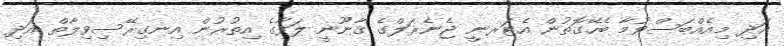
އަދި މިއެއްބަސްވުމާ ބެހޭގޮތުން އެޓަރނީ ޖެނެރަލްގެ ޤާނޫނީ ލަފާގެ އިތުރުން އިނގިރޭސިވިލާތް އަދި